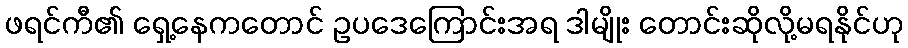
ဖရင်ကီ၏ ရှေ့နေကတောင် ဥပဒေကြောင်းအရ ဒါမျိုး တောင်းဆိုလို့မရနိုင်ဟု